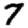
Digit: 7